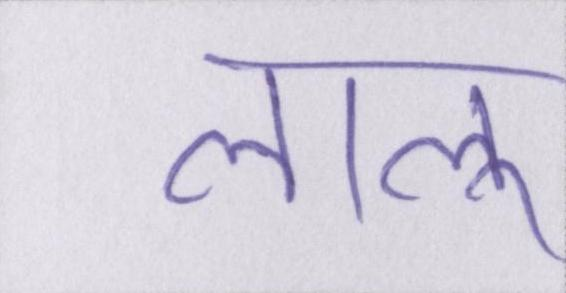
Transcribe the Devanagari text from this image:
लालू